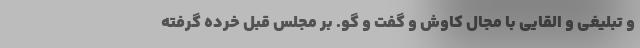
و تبلیغی و القایی با مجال کاوش و گفت و گو. بر مجلس قبل خرده گرفته